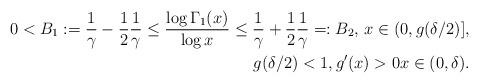
LaTeX: \begin{align*}0<B_1:=\frac{1}{\gamma}-\frac{1}{2}\frac{1}{\gamma}\leq\frac{\log \Gamma_1(x)}{\log x} \leq \frac{1}{\gamma}+\frac{1}{2}\frac{1}{\gamma}=:B_2,\,x\in(0,g(\delta/2)], \\g(\delta/2)<1, g'(x)>0 x\in(0,\delta).\end{align*}